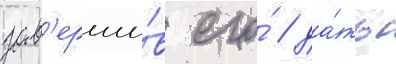
зав'ерши́в его́ / да́ть